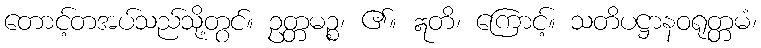
တောင့်တအပ်သည်သို့တွင်။ ဥတ္တမဉ္စ၊ ၏။ ဣတိ၊ ကြောင့်။ သတိပဋ္ဌာနဝရုတ္တမံ၊